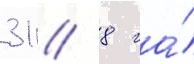
31 / 8 га́